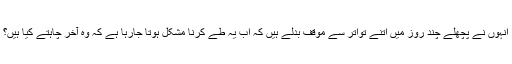
اُنہوں نے پچھلے چند روز میں اتنے تواتر سے موقف بدلے ہیں کہ اب یہ طے کرنا مشکل ہوتا جارہا ہے کہ وہ آخر چاہتے کیا ہیں؟